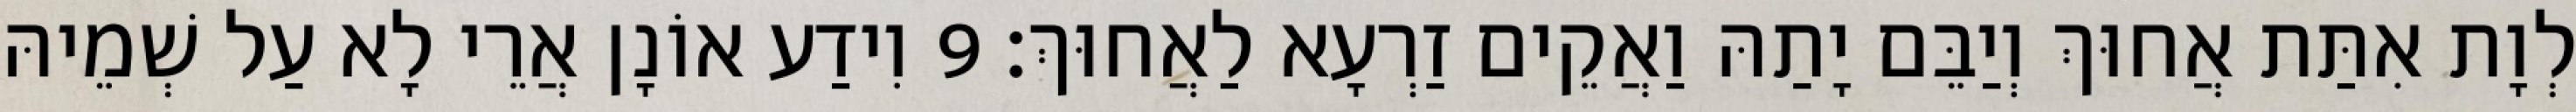
לְוָת אִתַּת אֲחוּךְ וְיַבֵּם יָתַהּ וַאֲקֵים זַרְעָא לַאֲחוּךְ׃ 9 וִידַע אוֹנָן אֲרֵי לָא עַל שְׁמֵיהּ